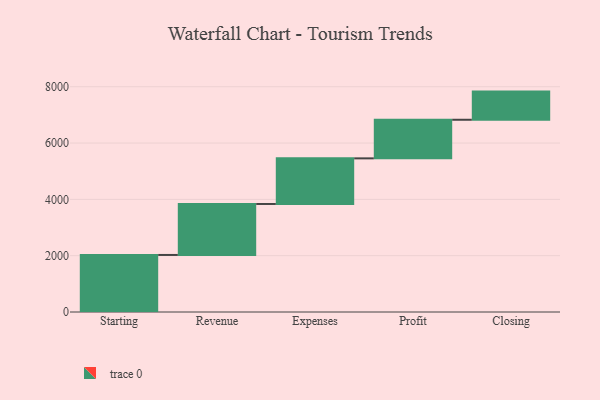
{"axis": {"x": "Step", "y": "Value"}, "legend": [""], "data": [{"x": "Starting", "y": 2026.0, "type": ""}, {"x": "Revenue", "y": 1811.0, "type": ""}, {"x": "Expenses", "y": 1620.0, "type": ""}, {"x": "Profit", "y": 1371.0, "type": ""}, {"x": "Closing", "y": 1000, "type": ""}]}